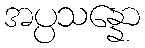
အပ္ပသန္နော